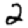
Digit: 2